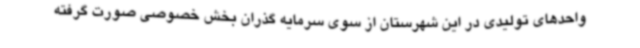
واحدهای تولیدی در این شهرستان از سوی سرمایه گذران بخش خصوصی صورت گرفته